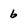
Character: 6